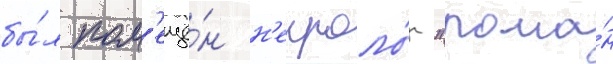
бы́л пом'ещё́н н'екроло́г "рома́н